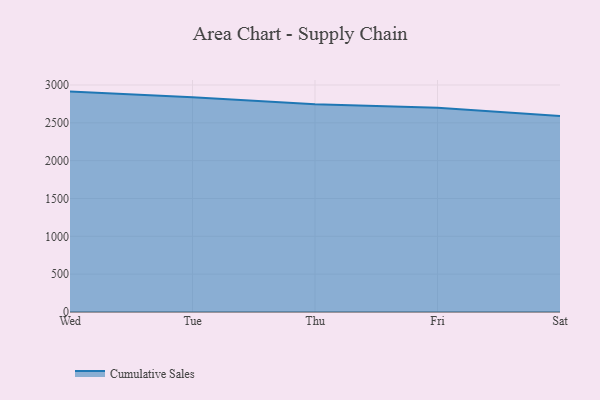
{"axis": {"x": "Day", "y": "Demand Index"}, "legend": ["Cumulative Sales"], "data": [{"x": "Wed", "y": 2912.8, "type": "Cumulative Sales"}, {"x": "Tue", "y": 2839.7, "type": "Cumulative Sales"}, {"x": "Thu", "y": 2745.3, "type": "Cumulative Sales"}, {"x": "Fri", "y": 2699.1, "type": "Cumulative Sales"}, {"x": "Sat", "y": 2589.5, "type": "Cumulative Sales"}]}